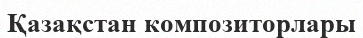
Қазақстан композиторлары